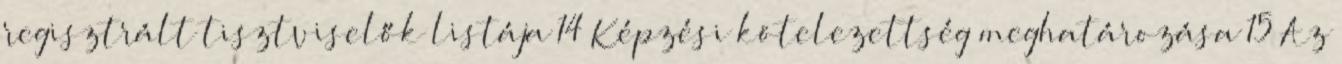
regisztrált tisztviselők listája 14 Képzési kötelezettség meghatározása 15 Az